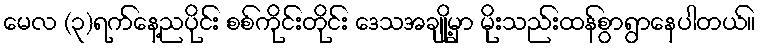
မေလ (၃)ရက်နေ့ညပိုင်း စစ်ကိုင်းတိုင်း ဒေသအချို့မှာ မိုးသည်းထန်စွာရွာနေပါတယ်။